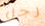
رجل